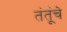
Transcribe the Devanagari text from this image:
तंतूंचे